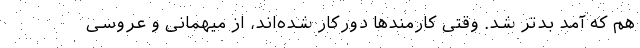
هم که آمد بدتر شد. وقتی کارمندها دورکار شده‌اند، از میهمانی و عروسی